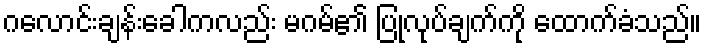
ဂလောင်းချန်းခေါကလည်း မဂမ်၏ ပြုလုပ်ချက်ကို ထောက်ခံသည်။